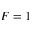
F = 1